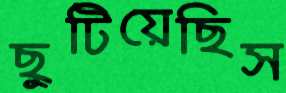
ছুটিয়েছিস